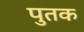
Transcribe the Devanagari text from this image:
पुतक